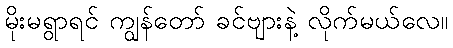
မိုးမရွာရင် ကျွန်တော် ခင်ဗျားနဲ့ လိုက်မယ်လေ။